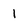
Character: 1